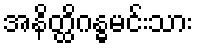
အနိတ္ထိဂန္ဓမင်းသား